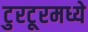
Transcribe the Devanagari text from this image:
टुरटूरमध्ये